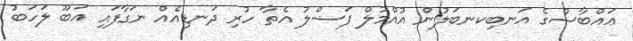
ޢައްބާސްގެ އަނބިކނބަލުން އުއްމުލް ފަޟްލު އެތާ ހުރި ދަނޑިއެއް ނަގާފައި އަބޫ ލަހަބު